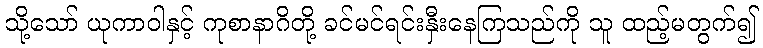
သို့သော် ယုကာဝါနှင့် ကုစာနာဂိတို့ ခင်မင်ရင်းနှီးနေကြသည်ကို သူ ထည့်မတွက်၍